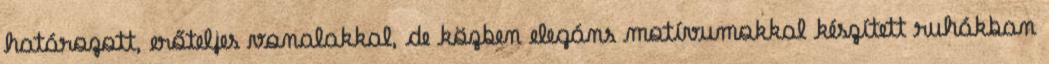
határozott, erőteljes vonalakkal, de közben elegáns motívumokkal készített ruhákban